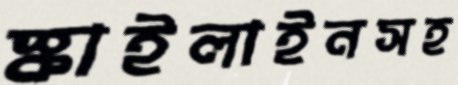
স্কাইলাইনসহ